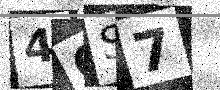
Text: 4OS7